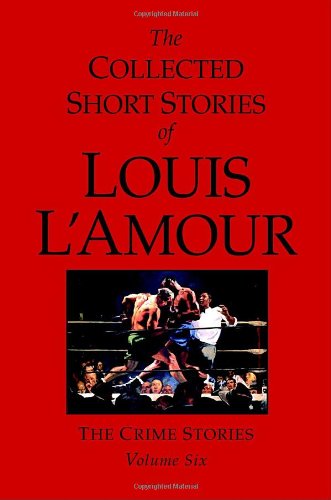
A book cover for The Collected Short Stories of Louis L'Amour, Volume 6: The Crime Stories (v. 6); Louis L'Amour; Literature & Fiction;